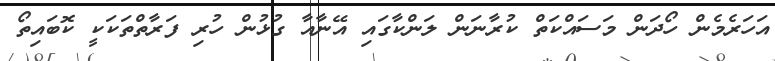
އަހަރެމެން ހޯދަން މަސައްކަތް ކުރާނަން ލަންކާގައި އޭނާއާ ގުޅުން ހުރި ފަރާތްތަކަކީ ކޮބައިތޯ